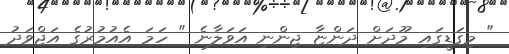
" މިގަޑީގައި މޫދަށް ދަންޏާ ޖިންނި އަވަލާނެ " ހަމަ އެއުމުރުގެ އަޖްވަދު